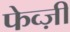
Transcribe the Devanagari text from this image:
फेव्ज़ी